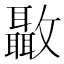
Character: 𣀳